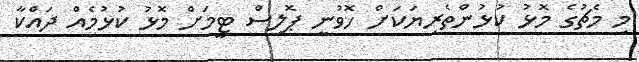
މި މެޗުގެ މޮޅު ކުޅުންތެރިޔަކަށް ހޮވުނީ ޕޮލިސް ޓީމަށް މޮޅު ކުޅުމެއް ދައްކާ